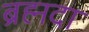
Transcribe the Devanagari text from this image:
ब्रह्मदा